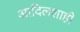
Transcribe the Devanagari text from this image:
आदिलशाही